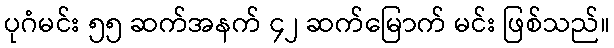
ပုဂံမင်း ၅၅ ဆက်အနက် ၄၂ ဆက်မြောက် မင်း ဖြစ်သည်။